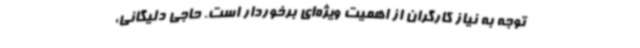
توجه به نیاز کارگران از اهمیت ویژه‌ای برخوردار است. حاجی دلیگانی،